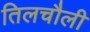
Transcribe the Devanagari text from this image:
तिलचौली